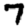
Digit: 7